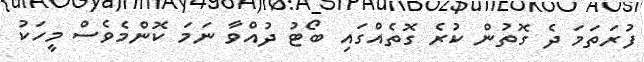
ފުރަތަމަ ދެ ގޮތުން ކުރެ ގޮތެއްގައި ބޯޓު ދުއްވާ ނަމަ ކޮންމެވެސް މީހަކު